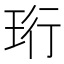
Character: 珩